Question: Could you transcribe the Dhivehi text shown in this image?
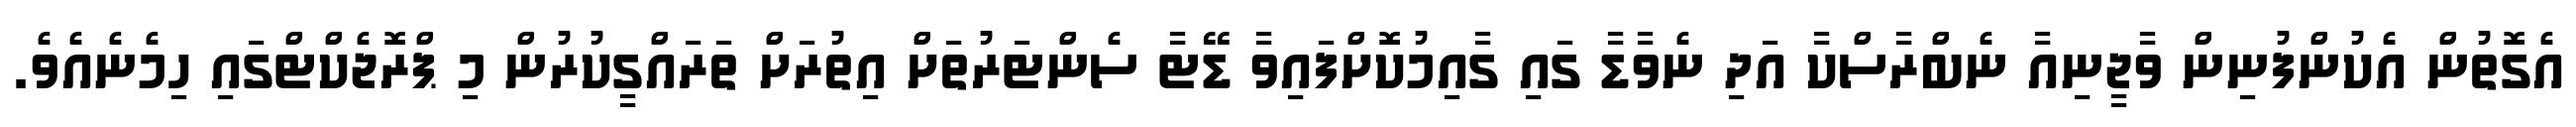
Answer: އެގޮތުން އެކުންފުނިން ވާޖީނިއާ ނެބްރާސްކާ އަދި ނެވާޑާ ގައި ގާއިމުކޮށްފައިވާ ޑޭޓާ ސެންޓަރުތަށް އިތުރަށް ތަރައްގީކުރުން މި ޕްރޮޖެކްޓްގައި ހިމެނެއެވެ.